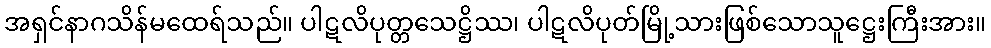
အရှင်နာဂသိန်မထေရ်သည်။ ပါဋလိပုတ္တသေဋ္ဌိဿ၊ ပါဋလိပုတ်မြို့သားဖြစ်သောသူဋ္ဌေးကြီးအား။